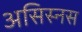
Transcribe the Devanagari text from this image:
असिस्नस